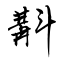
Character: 斠